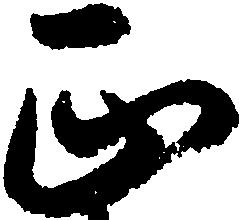
正